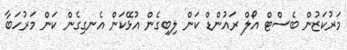
މަރުކަޒުން ބެސްޓް އޯލް ރައުންޑް ކަން ލިބިގެން އުޅޭކަން އެނގިގެން ކަން މަރުހަބާ